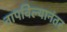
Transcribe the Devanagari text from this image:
तापविल्यानंतर